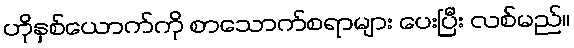
ဟိုနှစ်ယောက်ကို စာသောက်စရာများ ပေးပြီး လစ်မည်။